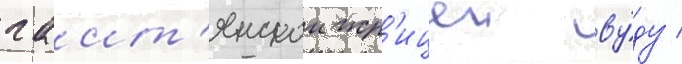
гаит'янскои жр'ицеи ву́ду /